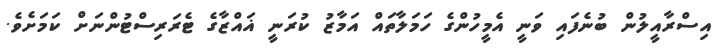
އިސްރާއީލުން ބުނެފައި ވަނީ އެމީހުންގެ ހަމަލާތައް އަމާޒު ކުރަނީ ޣައްޒާގެ ޓެރަރިސްޓުންނަށް ކަމަށެވެ.